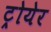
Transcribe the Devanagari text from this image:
ट्रोयेर